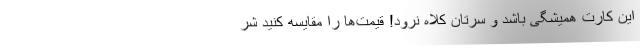
این کارت همیشگی باشد و سرتان کلاه نرود! قیمت‌ها را مقایسه کنید شر